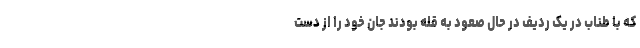
که با طناب در یک ردیف در حال صعود به قله بودند جان خود را از دست